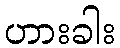
ဟားခါး